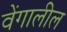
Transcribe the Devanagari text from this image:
वेंगालील